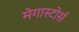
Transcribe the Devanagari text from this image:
मेगास्टोर्स